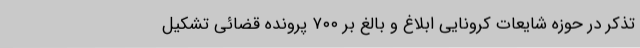
تذکر در حوزه شایعات کرونایی ابلاغ و بالغ بر ۷۰۰ پرونده قضائی تشکیل